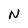
Character: N